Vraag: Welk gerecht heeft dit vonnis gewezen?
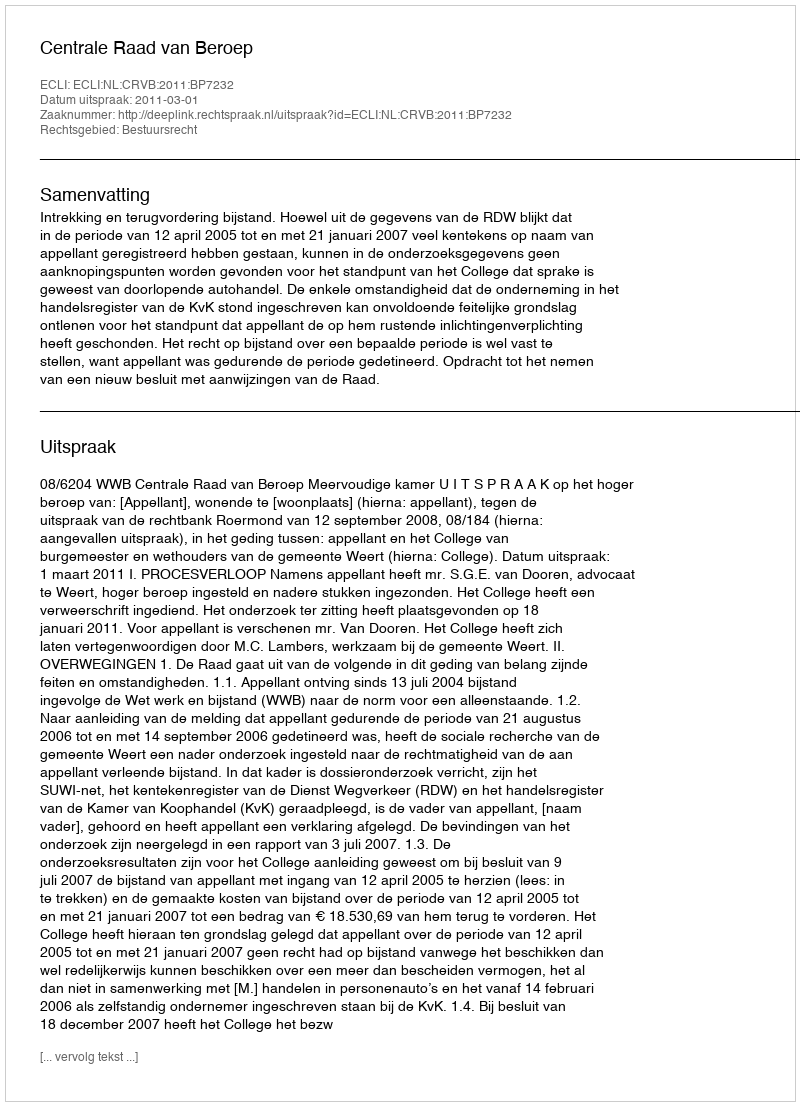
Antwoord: Centrale Raad van Beroep